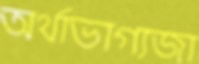
অর্থাভাগ্যজা